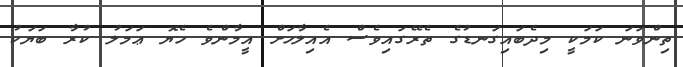
ތިންވަނަ ކަމަކީ މިދެބައިގަނޑުގެ ތެރޭގައިވެސް އެއިލާހަށް އީމާންވެ ހެޔޮ ޢަމަލު ކުރާ ބަޔަކު